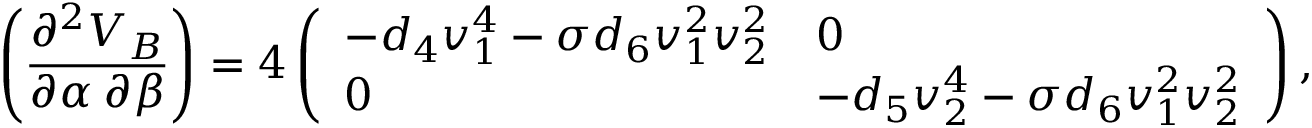
\left( \frac { \partial ^ { 2 } V _ { B } } { \partial \alpha \: \partial \beta } \right) = 4 \left( \begin{array} { l l } { { - d _ { 4 } v _ { 1 } ^ { 4 } - \sigma d _ { 6 } v _ { 1 } ^ { 2 } v _ { 2 } ^ { 2 } } } & { { 0 } } \\ { { 0 } } & { { - d _ { 5 } v _ { 2 } ^ { 4 } - \sigma d _ { 6 } v _ { 1 } ^ { 2 } v _ { 2 } ^ { 2 } } } \end{array} \right) ,